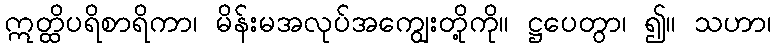
ဣတ္ထိပရိစာရိကာ၊ မိန်းမအလုပ်အကျွေးတို့ကို။ ဋ္ဌပေတွာ၊ ၍။ သဟာ၊